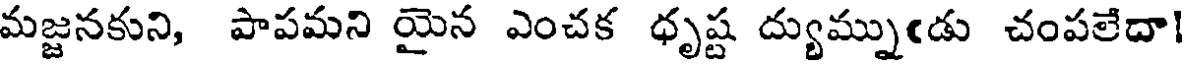
మజ్జనకుని, పాపమని యైన ఎంచక ధృష్ట ద్యుమ్నుఁడు చంపలేదా!